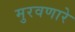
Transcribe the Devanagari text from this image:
मुरवणारे